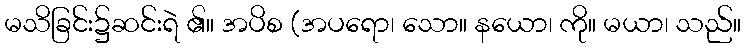
မသိခြင်း၌ဆင်းရဲ ၏။ အပိစ (အပရော၊ သော။ နယော၊ ကို။ မယာ၊ သည်။